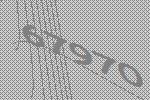
67970